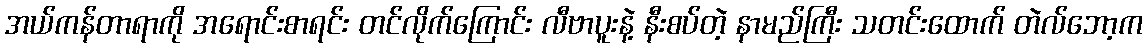
အယ်ကန်တာရာကို အရောင်းစာရင်း တင်လိုက်ကြောင်း လီဗာပူးနဲ့ နီးစပ်တဲ့ နာမည်ကြီး သတင်းထောက် တဲလ်ဘော့က